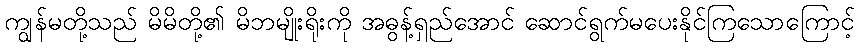
ကျွန်မတို့သည် မိမိတို့၏ မိဘမျိုးရိုးကို အဓွန့်ရှည်အောင် ဆောင်ရွက်မပေးနိုင်ကြသောကြောင့်